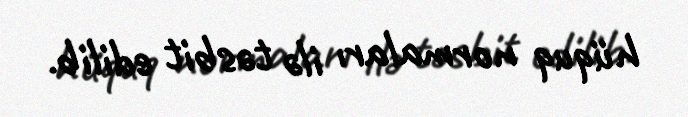
hüquq normaları ilə təsbit edilib.